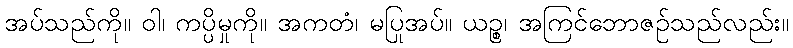
အပ်သည်ကို။ ဝါ၊ ကပ္ပိမှုကို။ အကတံ၊ မပြုအပ်။ ယဉ္စ၊ အကြင်ဘောဇဉ်သည်လည်း။